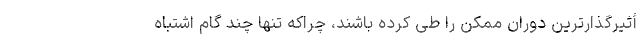
أثیر‌گذارترین دوران ممکن را طی کرده‌ باشند، چراکه تنها چند گام اشتباه